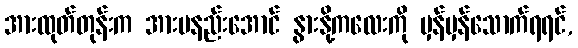
အားထုတ်တုန်းက အားမနည်းအောင် နွားနို့ကလေးကို မှန်မှန်သောက်ရရင်,